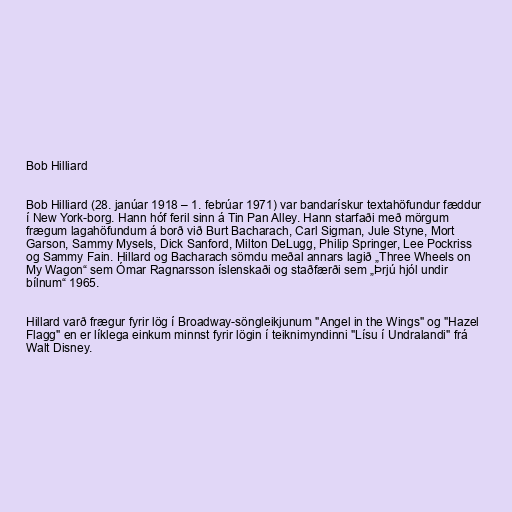
Bob Hilliard

Bob Hilliard (28. janúar 1918 – 1. febrúar 1971) var bandarískur textahöfundur fæddur
í New York-borg. Hann hóf feril sinn á Tin Pan Alley. Hann starfaði með mörgum
frægum lagahöfundum á borð við Burt Bacharach, Carl Sigman, Jule Styne, Mort
Garson, Sammy Mysels, Dick Sanford, Milton DeLugg, Philip Springer, Lee Pockriss
og Sammy Fain. Hillard og Bacharach sömdu meðal annars lagið „Three Wheels on
My Wagon“ sem Ómar Ragnarsson íslenskaði og staðfærði sem „Þrjú hjól undir
bílnum“ 1965.

Hillard varð frægur fyrir lög í Broadway-söngleikjunum "Angel in the Wings" og "Hazel
Flagg" en er líklega einkum minnst fyrir lögin í teiknimyndinni "Lísu í Undralandi" frá
Walt Disney.